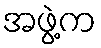
အဖွဲ့က